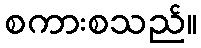
စကားစသည်။